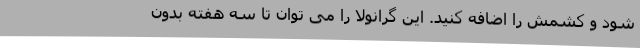
شود و کشمش را اضافه کنید. این گرانولا را می ­توان تا سه هفته بدون